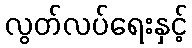
လွတ်လပ်ရေးနှင့်